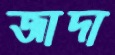
জাদা